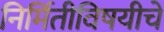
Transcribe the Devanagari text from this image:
निर्मितीविषयीचे